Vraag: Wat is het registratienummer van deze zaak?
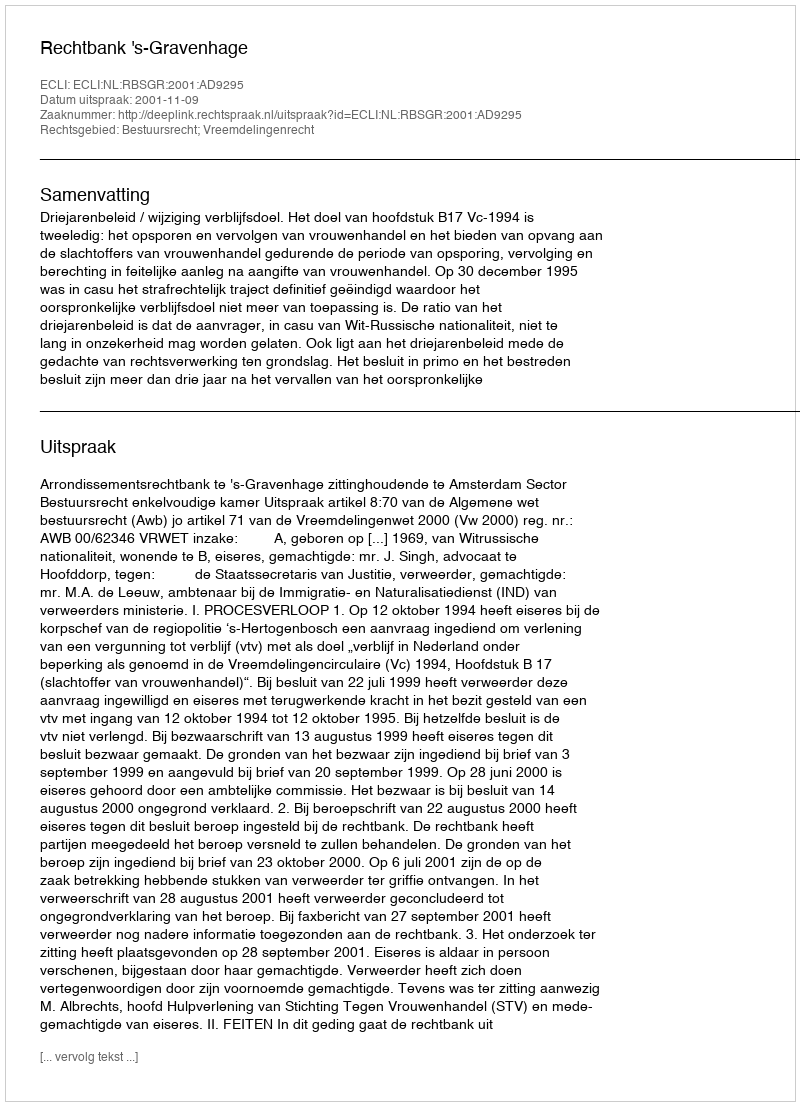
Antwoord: http://deeplink.rechtspraak.nl/uitspraak?id=ECLI:NL:RBSGR:2001:AD9295